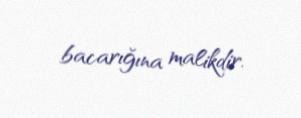
bacarığına malikdir.